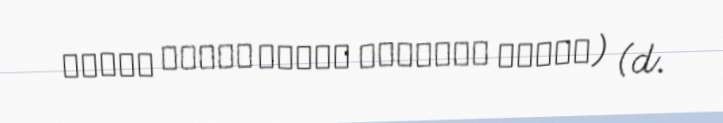
خدیجه خیریه عائشه درشهوار سلطان) (d.